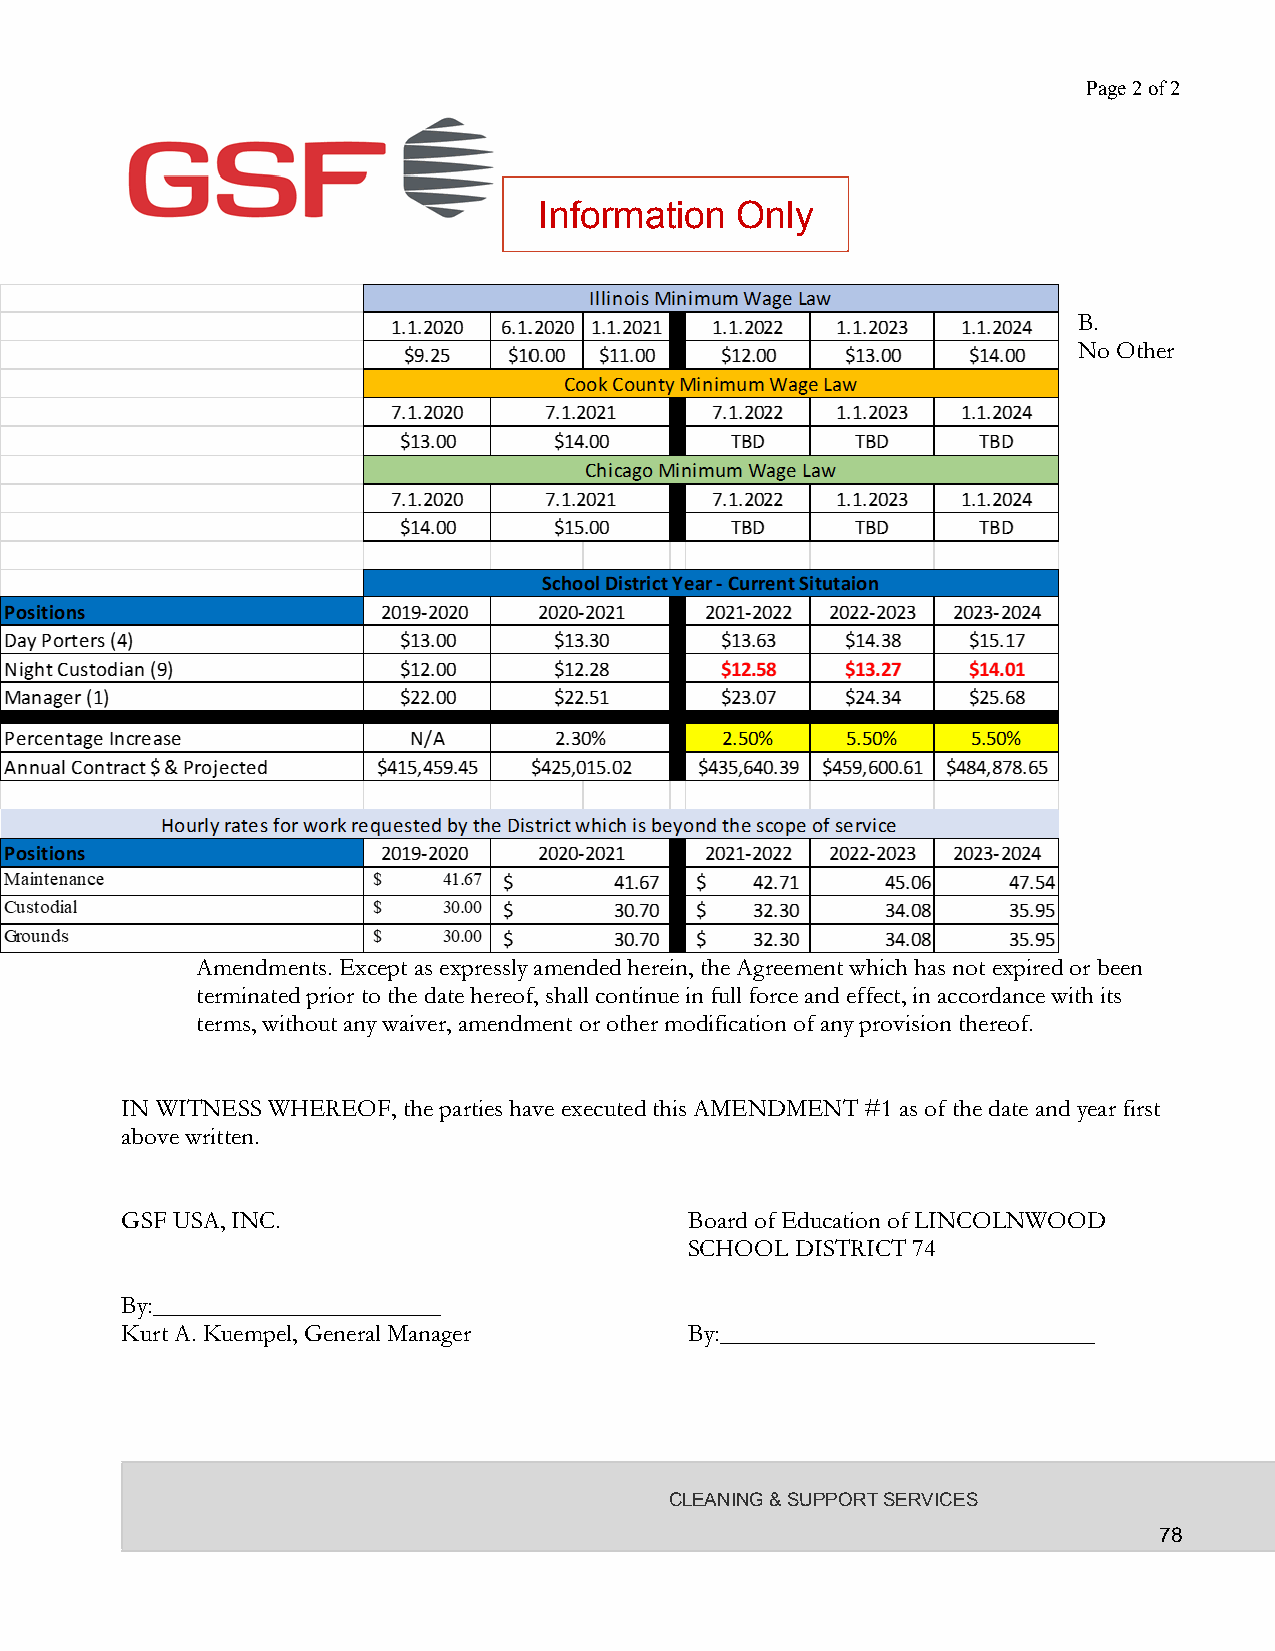
Page 2 of 2
 Information  Only
 B.
 No Other
 Amendments. Except as expressly amended herein, the Agreement which has not expired or been
 terminated prior to the date hereof, shall continue in full force and effect, in accordance with its
 terms, without any waiver, amendment or other modification of any provision thereof.
 IN WITNESS WHEREOF, the parties have executed this AMENDMENT #1 as of the date and year first
 above written.
 GSF USA, INC.                         Board of Education of LINCOLNWOOD
 SCHOOL DISTRICT 74
 By:_______________________
 Kurt A. Kuempel, General Manager      By:______________________________
 CLEANING & SUPPORT SERVICES
 78